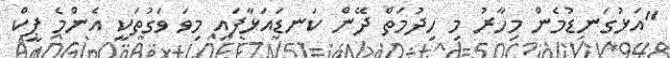
"އަޅުގަނޑުމެން މިހާރު މި ހިދުމަތް ދޭން ކަނޑައަޅާފައި މިވަ ވަގުތަކީ އެންމެ ޕީކް